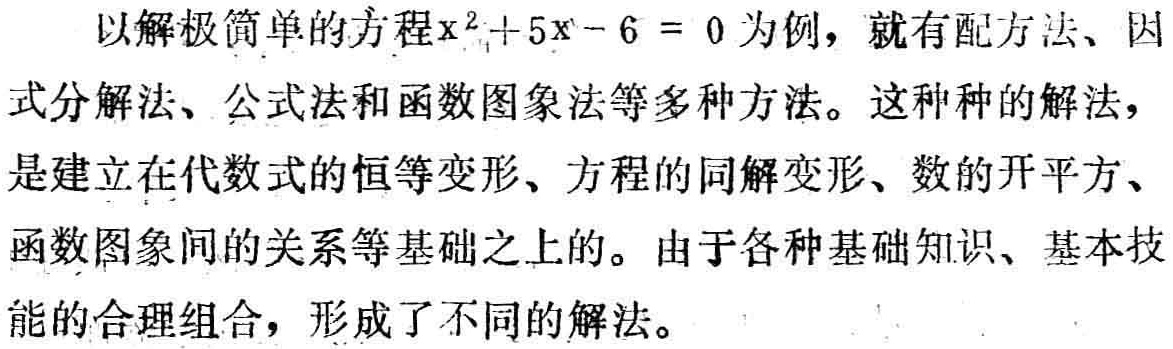
以解极简单的方程\(x^{2}+5x - 6 = 0\)为例，就有配方法、因式分解法、公式法和函数图象法等多种方法。这种种的解法，是建立在代数式的恒等变形、方程的同解变形、数的开平方、函数图象间的关系等基础之上的。由于各种基础知识、基本技能的合理组合，形成了不同的解法。